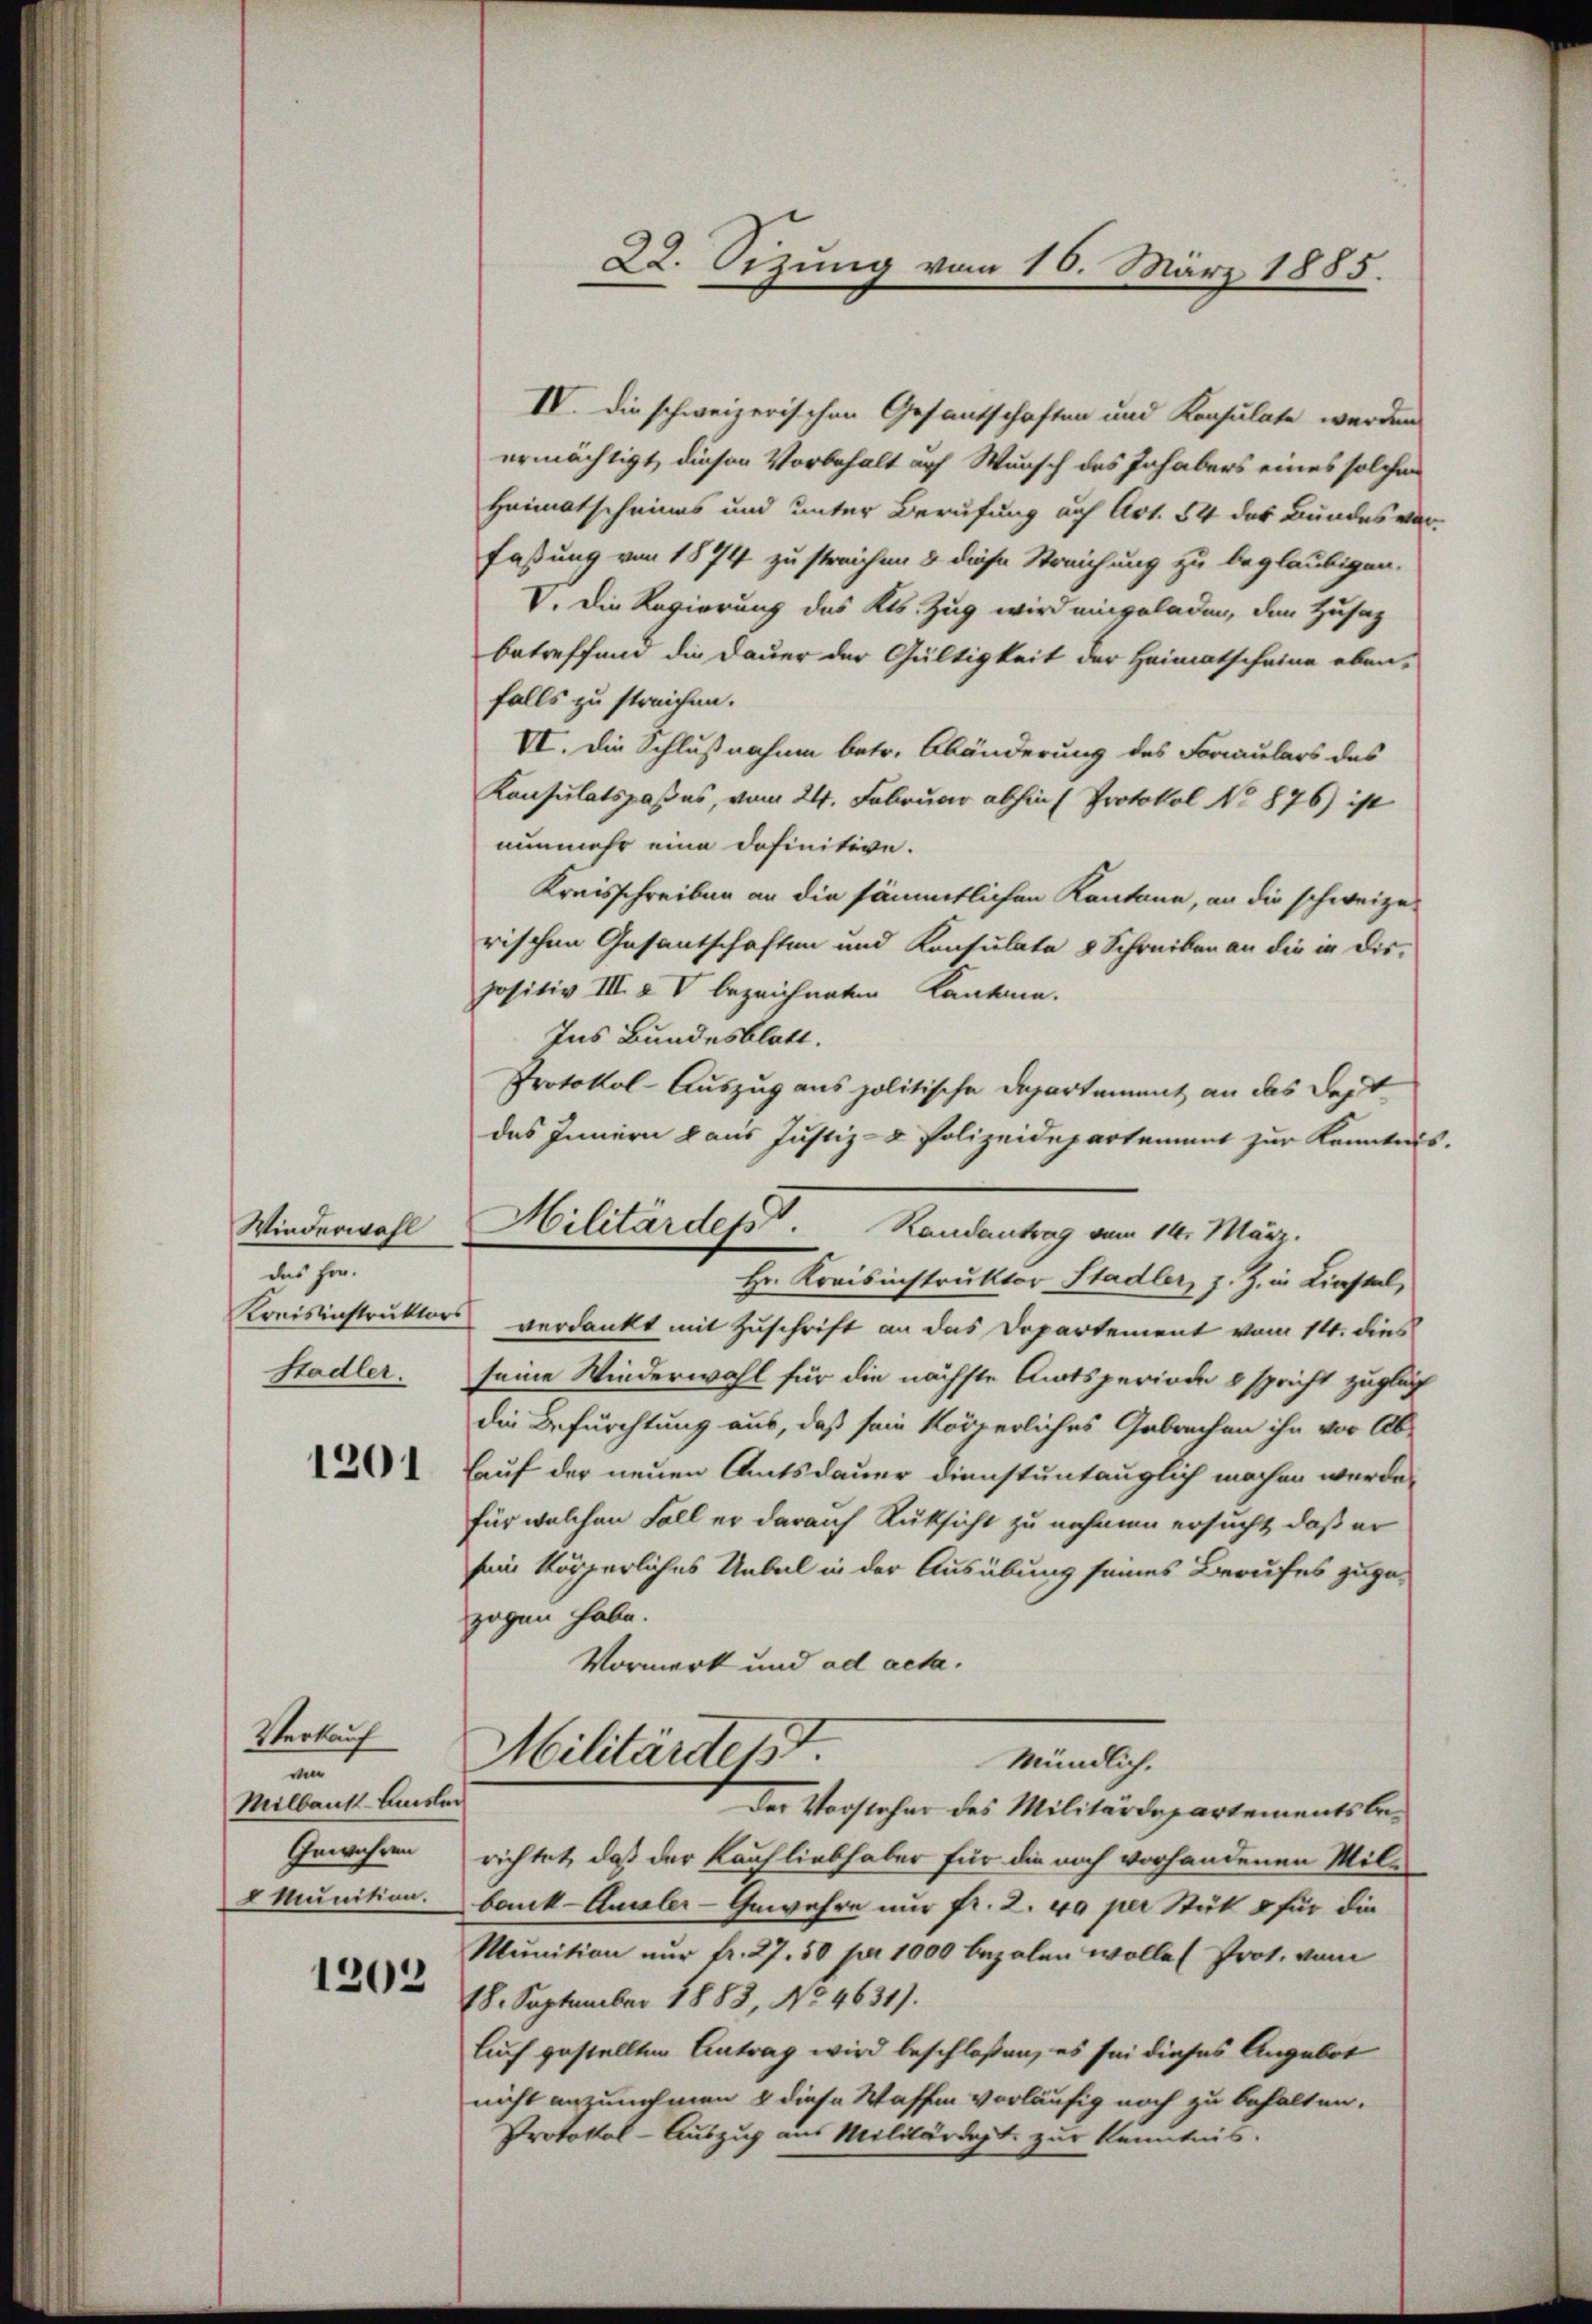
Wiederwohl
des Hrn.
Kreisinstruktors
Stadler.

1201

Verkauf
a
Milbaut Ausler
Gewähren
8 Munition.

1203

IV. Die schweizerischen Gesantschaften und Konsulate werden
ermächtigt, diesen Vorbehalt auf Wunsch des Inhabers eines solcher
Heimatscheines und unter Berufung auf Art. 54 des Bundes vorfassung von 1874 zu streichen & diese Streichung zu beglaubigen.
V. Die Regierung des Kts. Zug wird eingeladen, den Husaz
betreffend die Dauer der Gültigkeit der Heimatscheine eben-
falls zu streichen.
VI. Die Schlußnahme betr. Abänderung des Formulars des
Konsulatspaßes, vom 24. Februar abhin (Protokol No 876) ist
nunmehr eine Definitive.
Kreisschreiben an die sämmtlichen Kantone, an die schweize
rischen Gesantschaften und Konsulate & Schreiben an die in Dispositiv III. & V bezeichneten Kantone.
Ins Bundesblatt.
Protokol-Auszug aus politische Departement an das dest
das Innern aus Justiz- & Polizeidepartement zur Kenntnis
Militärdeps. Randantrag vom 14. März.
Hr. Kreisinstruktor Stadler, z. Z. in Liestal,
verdankt mit Zuschrift an das Departement vom 14. dies
seine Wiederwahl für die nächste Amtsperiode 8 spricht zugleich
die Befürchtung aus, daß sein körperliches Gebrachen ihn vor Ab-
lauf der neuen Amtsdauer dienstuntauglich machen werde.
für welchen Fall er darauf Rüksicht zu nehmen ersucht, daß er
sein körperliches Uebel in der Ausübung seines Berufes zugezogen habe.
Vormerk und ad acta.
Militärderst
Mündlich.
Der Vorsteher des Militärdepartementsberichtet, daß der Kaufliebhaber für die noch vorhandenen Milbank-Ausler-Gewehre nur fr. 2. 40 per Stük & für die
Munition nur fr. 27. 50 pr 1000 bezalen wolle (Prot. vom
78. September 1883, No 4631).
Auch gestellten Antrag wird beschloßen, es sei dieses Angebot
nicht anzunehmen & diese Wassen vorläufig noch zu behalten.
Protokol-Auszug aus Militärdept zur Kenntnis.

22. Sizung vom 16. März 1885.